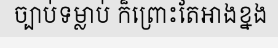
ច្បាប់ទម្លាប់ ក៏ព្រោះតែអាងខ្នង